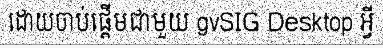
ដោយចាប់ផ្តើមជាមួយ gvSIG Desktop អ្វី